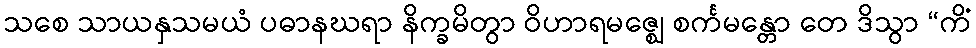
သစေ သာယနှသမယံ ပဓာနဃရာ နိက္ခမိတွာ ဝိဟာရမဇ္ဈေ စင်္ကမန္တော တေ ဒိသွာ “ကိံ